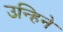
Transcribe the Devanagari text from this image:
उन्हिने